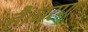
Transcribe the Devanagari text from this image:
हैं।चरण